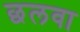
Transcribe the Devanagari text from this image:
छलवा